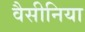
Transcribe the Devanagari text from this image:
वैसीनिया